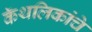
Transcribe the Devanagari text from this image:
कॅथलिकांचे